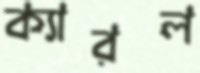
ক্যারল